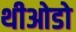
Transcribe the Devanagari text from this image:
थीओडो